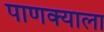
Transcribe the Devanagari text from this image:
पाणक्याला